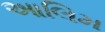
આલિમ